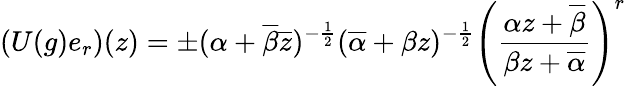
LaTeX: (U(g)e_{r})(z)=\pm(\alpha+\overline{{{\beta}}}\overline{{{z}}})^{-\frac{1}{2}}(\overline{{{\alpha}}}+\beta z)^{-\frac{1}{2}}\left(\frac{\alpha z+\overline{{{\beta}}}}{\beta z+\overline{{{\alpha}}}}\right)^{r}